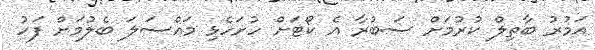
އަމުރު ބާތިލް ކުރުމަށް ސަބުރާ އެ ކޯޓަށް ހުށަހެޅި މައްސަލަ ބެލުމަށް ފަހު